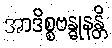
အာဒိစ္စဗန္ဓုနန္တိ